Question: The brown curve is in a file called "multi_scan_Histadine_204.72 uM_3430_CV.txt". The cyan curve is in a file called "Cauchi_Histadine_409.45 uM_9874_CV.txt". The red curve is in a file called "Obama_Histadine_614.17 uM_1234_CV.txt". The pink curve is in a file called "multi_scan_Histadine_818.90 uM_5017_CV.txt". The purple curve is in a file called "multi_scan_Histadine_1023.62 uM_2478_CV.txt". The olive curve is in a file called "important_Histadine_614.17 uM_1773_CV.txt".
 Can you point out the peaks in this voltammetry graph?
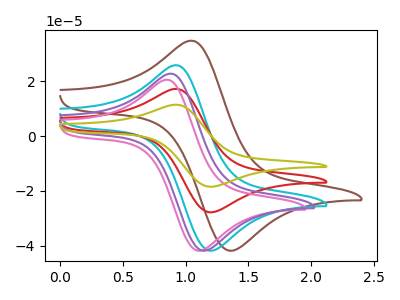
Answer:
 <answer>The brown curve "Histadine, 204.72 uM" has an anodic peak at (1.05V, 34.60uA) and a cathodic peak at (1.35V, -41.90uA). The cyan curve "Histadine, 409.45 uM" has an anodic peak at (0.95V, 25.70uA) and a cathodic peak at (1.20V, -41.90uA). The red curve "Histadine, 614.17 uM" has an anodic peak at (0.95V, 17.10uA) and a cathodic peak at (1.20V, -27.85uA). The pink curve "Histadine, 818.90 uM" has an anodic peak at (0.85V, 20.40uA) and a cathodic peak at (1.10V, -41.90uA). The purple curve "Histadine, 1023.62 uM" has an anodic peak at (0.90V, 22.60uA) and a cathodic peak at (1.15V, -41.90uA). The olive curve "Histadine, 614.17 uM" has an anodic peak at (0.95V, 34.15uA) and a cathodic peak at (1.20V, -55.70uA).</answer>
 <eval></eval>